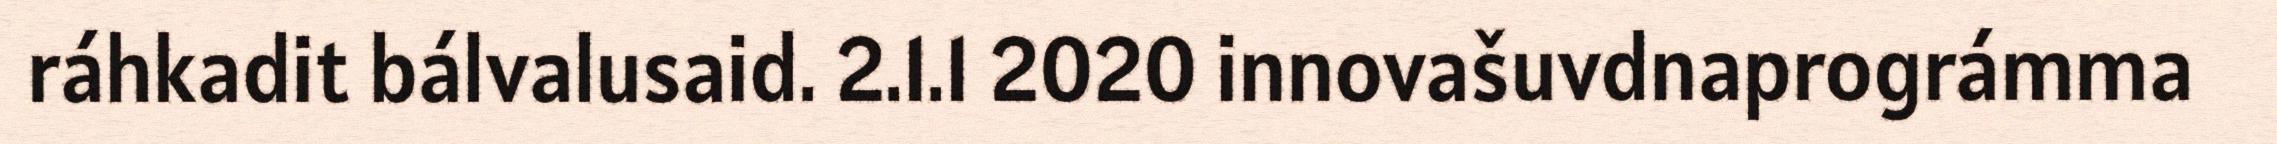
ráhkadit bálvalusaid. 2.1.1 2020 innovašuvdnaprográmma